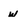
Character: w